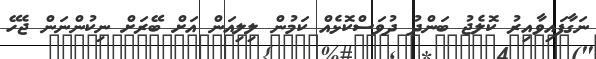
ނަގާފައިވާއިރު ކޮލެޖު ބަންދު ދުވަސްކޮޅެއް ކަމުން ލިލިއަން އަށް ބޭރަށް ނިކުންނަން ޖެހޭ